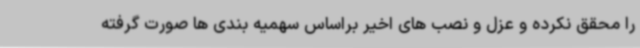
را محقق نکرده و عزل و نصب های اخیر براساس سهمیه بندی ها صورت گرفته